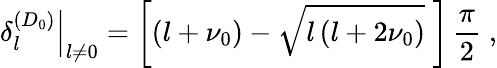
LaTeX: \left.\delta_{l}^{(D_{0})}\right|_{l\neq 0}=\left[\left(l+\nu_{0}\right)-\sqrt{l\left(l+2\nu_{0}\right)}\; \right]\, \frac{\pi}{2}\; ,